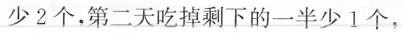
少2个，第二天吃掉剩下的一半少1个，